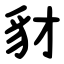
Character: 豺